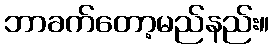
ဘာခက်တော့မည်နည်း။